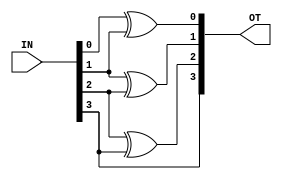
module Binary_to_Gray(OT,IN);
output [3:0]OT;
input  [3:0]IN;
xor xr1(OT[0],IN[0] ,IN[1]);
xor xr2(OT[1],IN[1],IN[2]);
xor xr3(OT[2],IN[2],IN[3]);
buf b1(OT[3],IN[3]);
endmodule


module testbgr;
reg [3:0]IN;
wire [3:0]OT;
Binary_to_Gray  b_g(OT,IN);

initial
begin

#0 IN = 4'd0;
#100 IN = 4'd1;
#100 IN = 4'd2;
#100 IN = 4'd3;
#100 IN = 4'd4;
end

endmodule